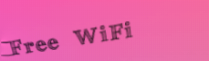
Free WiFi